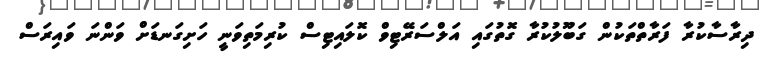
ދިރާސާކުރާ ފަރާތްތަކުން ގަބޫލުކުރާ ގޮތުގައި އަލްސަރޭޓިވް ކޮލައިޓިސް ކުރިމަތިވަނީ ހަށިގަނޑަށް ވަންނަ ވައިރަސް